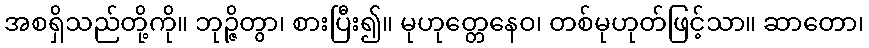
အစရှိသည်တို့ကို။ ဘုဉ္ဇိတွာ၊ စားပြီး၍။ မုဟုတ္တေနေဝ၊ တစ်မုဟုတ်ဖြင့်သာ။ ဆာတော၊